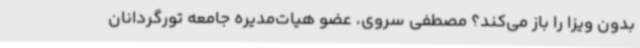
بدون ویزا را باز می‌کند؟ مصطفی سروی، عضو هیات‌مدیره جامعه تورگردانان